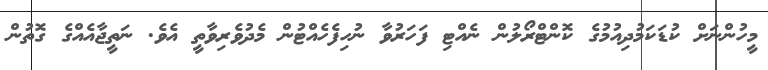
މީހުންނަށް ކުޑަކަމުދިއުމުގެ ކޮންޓްރޯލުން ނެއްޓި ފަހަރުވާ ނުހިފެހެއްޓުން މެދުވެރިވާތީ އެވެ. ނަތީޖާއެއްގެ ގޮތުން